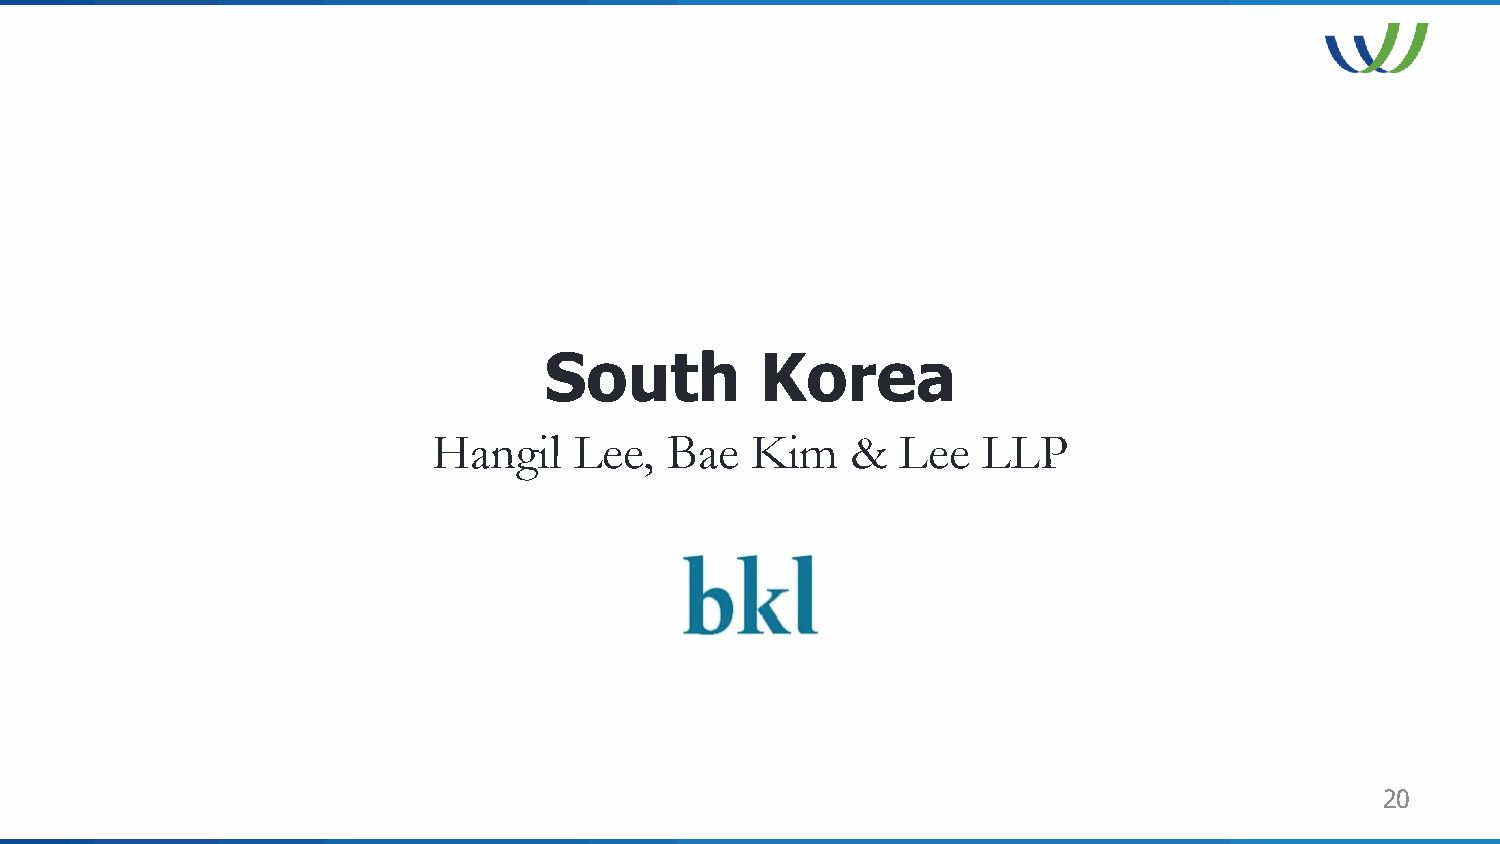
South         Korea
 Hangil   Lee,  Bae   Kim   &   Lee  LLP
 20